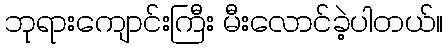
ဘုရားကျောင်းကြီး မီးလောင်ခဲ့ပါတယ်။